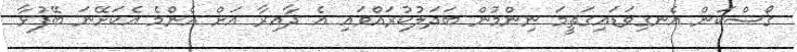
ގޯސްކަން އެނގިވަޑައިގަތީމަ ނިންމުން ބަދަލުކުރައްވައި އެ ދާއިރާ އަށް އެންމެ އެކަށޭނަ ބޭފުޅާ